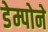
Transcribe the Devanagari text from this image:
डेम्पोने